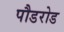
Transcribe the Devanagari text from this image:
पौडरोड